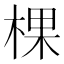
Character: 棵